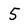
Character: 5